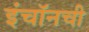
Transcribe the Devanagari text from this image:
इंचॉनची